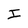
Character: I